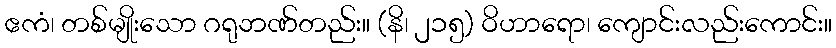
ဧကံ၊ တစ်မျိုးသော ဂရုဘဏ်တည်း။ (နိ၊ ၂၁၅) ဝိဟာရော၊ ကျောင်းလည်းကောင်း။